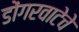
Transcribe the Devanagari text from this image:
डोंगरवाटेचे